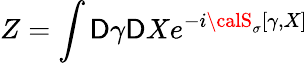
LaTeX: Z=\int{\cal\mathsf{D}}\gamma{\cal\mathsf{D}}Xe^{-i{\calS}_{\sigma}[\gamma,X]}